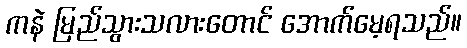
ကနဲ မြည်သွားသလားတောင် အောက်မေ့ရသည်။